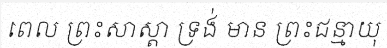
ពេល ព្រះសាស្តា ទ្រង់ មាន ព្រះជន្មាយុ